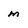
Character: m